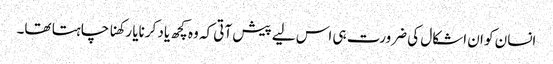
انسان کو ان اشکال کی ضرورت ہی اس لیے پیش آتی کہ وہ کچھ یاد کرنایا رکھنا چاہتا تھا۔